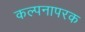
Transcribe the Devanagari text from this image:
कल्पनापरक